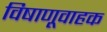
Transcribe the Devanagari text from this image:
विषाणूवाहक